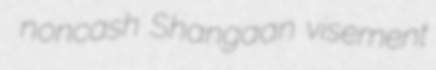
noncash Shangaan visement